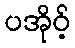
ပအိုဝ့်